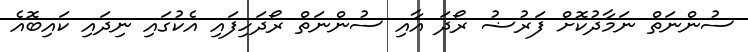
ސުންނަތް ނަމާދުކޮށް ފަރުޟު ރޯދަ އާއި ސުންނަތް ރޯދަހިފައި އެކުގައި ނިދައި ކައިބޮއެ